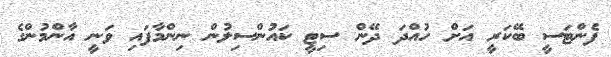
ފެންޓަސީ ބޭކަރީ އަށް ހުއްދަ ދޭން ސިޓީ ކައުންސިލުން ނިންމާފައި ވަނީ އާންމުންގެ